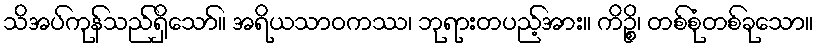
သိအပ်ကုန်သည်ရှိသော်။ အရိယသာဝကဿ၊ ဘုရားတပည့်အား။ ကိဉ္စိ၊ တစ်စုံတစ်ခုသော။